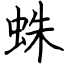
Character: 蛛